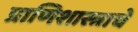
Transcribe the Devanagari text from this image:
प्राणिशास्त्राचे